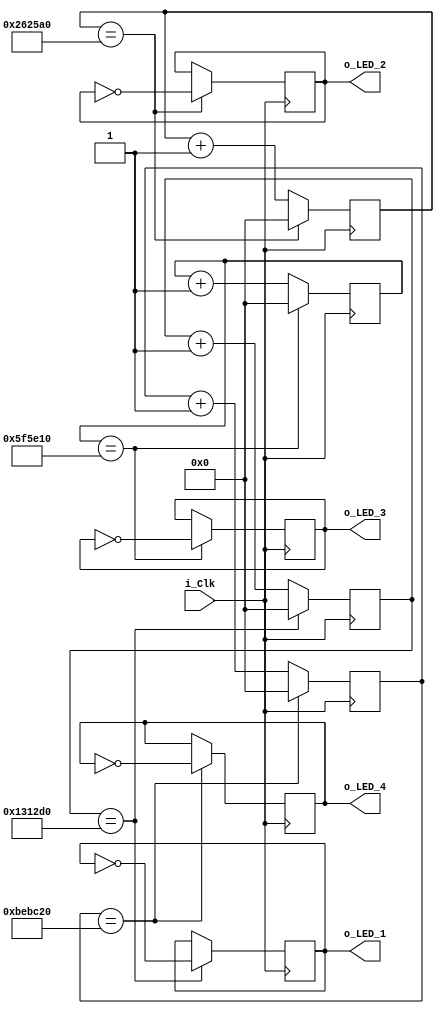
module Led_Blinks 
	#(	parameter g_limit_for_10Hz = 1250000, 
		parameter g_limit_for_5Hz  = 2500000,
		parameter g_limit_for_2Hz  = 6250000,
		parameter g_limit_for_1Hz  = 12500000		
		)
	(input i_Clk,
	output reg o_LED_1 = 1'b0,
	output reg o_LED_2 = 1'b0,
	output reg o_LED_3 = 1'b0,
	output reg o_LED_4 = 1'b0);
	
	reg [31:0] counter_10Hz = 0;
	reg [31:0] counter_5Hz = 0;
	reg [31:0] counter_2Hz = 0;
	reg [31:0] counter_1Hz = 0;
	
	// Code for diode blinks 10Hz
	always@(posedge i_Clk)
	begin
		if(counter_10Hz == g_limit_for_10Hz)
		begin
			o_LED_1 <= ~o_LED_1;
			counter_10Hz <= 0;
		end
		else counter_10Hz <=counter_10Hz + 1;
	end // for 10Hz
	
	// Code for diode blinks 5Hz
	always@(posedge i_Clk)
	begin
		if(counter_5Hz == g_limit_for_5Hz)
		begin
			o_LED_2 <= ~o_LED_2;
			counter_5Hz <= 0;
		end
		else counter_5Hz <=counter_5Hz + 1;
	end // for 5Hz
	
	// Code for diode blinks 2Hz
	always@(posedge i_Clk)
	begin
		if(counter_2Hz == g_limit_for_2Hz)
		begin
			o_LED_3 <= ~o_LED_3;
			counter_2Hz <= 0;
		end
		else counter_2Hz <=counter_2Hz + 1;
	end // for 2Hz
	
	// Code for diode blinks 1Hz
	always@(posedge i_Clk)
	begin
		if(counter_1Hz == g_limit_for_1Hz)
		begin
			o_LED_4 <= ~o_LED_4;
			counter_1Hz <= 0;
		end
		else counter_1Hz <=counter_1Hz + 1;
	end // for 1Hz
	
endmodule